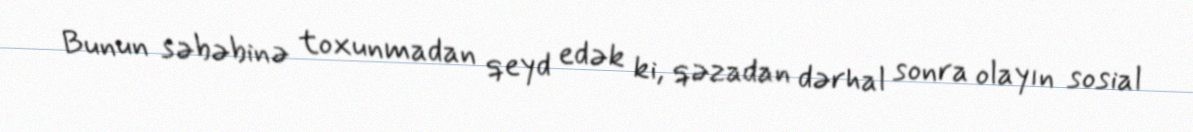
Bunun səbəbinə toxunmadan qeyd edək ki, qəzadan dərhal sonra olayın sosial